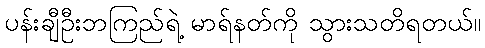
ပန်းချီဦးဘကြည်ရဲ့ မာရ်နတ်ကို သွားသတိရတယ်။